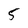
Character: 5